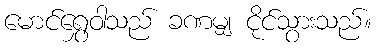
မောင်ရွှေဝါသည် ခဏမျှ ငိုင်သွားသည်။